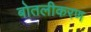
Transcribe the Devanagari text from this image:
बोतलीकरण